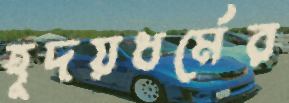
হূদয়ধর্মের